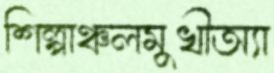
শিল্পাঞ্চলমুখীঅ্যা